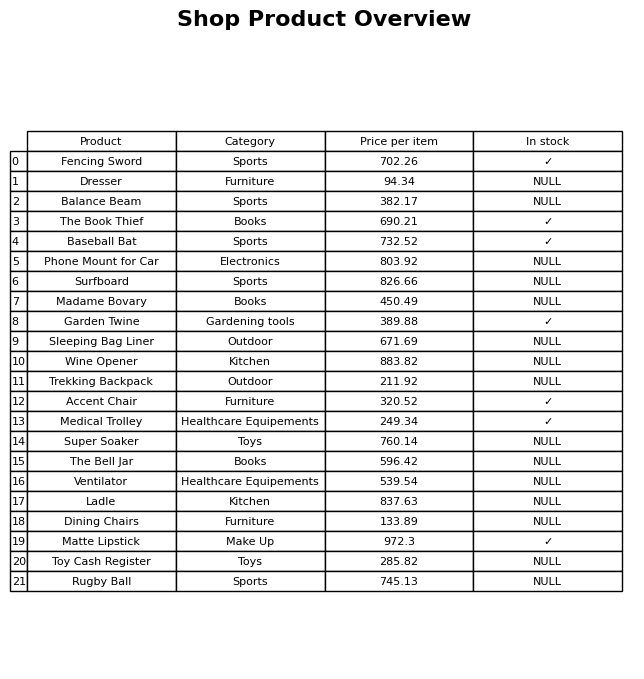
question: What is the price of the Trekking Backpack?
answer: The price of Trekking Backpack is 211.92.